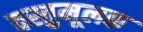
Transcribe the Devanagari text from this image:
वस्तुमूलक